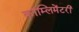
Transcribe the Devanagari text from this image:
कॉम्लिमेंटरी